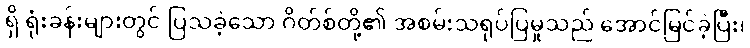
ရှိ ရုံးခန်းများတွင် ပြသခဲ့သော ဂိတ်စ်တို့၏ အစမ်းသရုပ်ပြမှုသည် အောင်မြင်ခဲ့ပြီး၊